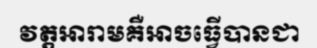
វត្តអារាមគឺអាចធ្វើបានជា